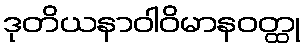
ဒုတိယနာဝါဝိမာနဝတ္ထု